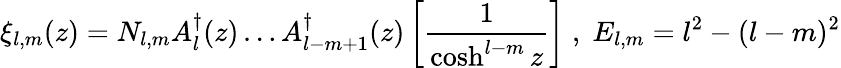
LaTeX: \xi_{l,m}(z)=N_{l,m}A_{l}^{\dagger}(z)\dots A_{l-m+1}^{\dagger}(z)\left[\frac{1}{\cosh^{l-m}z}\right]\; ,\; E_{l,m}=l^{2}-(l-m)^{2}